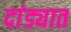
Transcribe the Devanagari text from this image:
दांड्यात